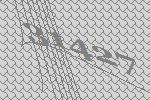
31427